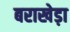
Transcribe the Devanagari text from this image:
बराखेड़ा